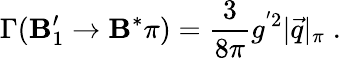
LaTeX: \Gamma(\mathbf{B}_{1}^{\prime}\to\mathbf{B}^{*}\pi)={\frac{{3}}{{8\pi}}}g^{'2}|\vec{{q}}|_{\pi}\; .